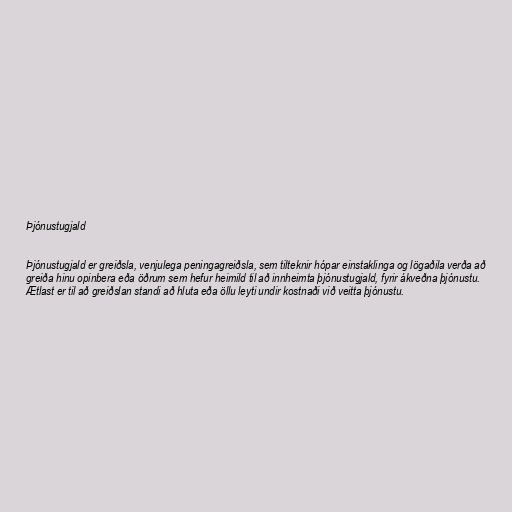
Þjónustugjald

Þjónustugjald er greiðsla, venjulega peningagreiðsla, sem tilteknir hópar einstaklinga og lögaðila verða að
greiða hinu opinbera eða öðrum sem hefur heimild til að innheimta þjónustugjald, fyrir ákveðna þjónustu.
Ætlast er til að greiðslan standi að hluta eða öllu leyti undir kostnaði við veitta þjónustu.